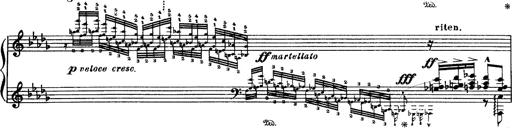
Title: Paraphrase de concert sur Rigoletto
Composer: Franz Liszt